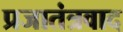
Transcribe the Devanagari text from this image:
प्रजातंत्रवाद